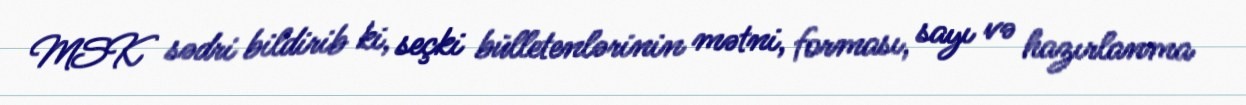
MSK sədri bildirib ki, seçki bülletenlərinin mətni, forması, sayı və hazırlanma